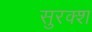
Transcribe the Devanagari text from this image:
सुरक्श